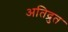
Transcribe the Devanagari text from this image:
अतिद्रुत